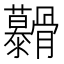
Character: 𮪷